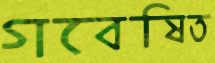
গবেষিত